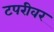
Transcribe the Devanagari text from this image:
टपरीवर